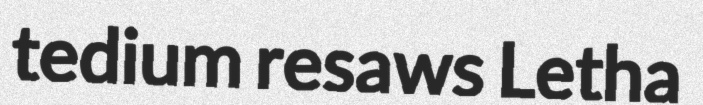
tedium resaws Letha